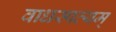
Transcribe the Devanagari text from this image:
वाधस्पत्यम्